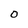
Character: O